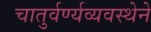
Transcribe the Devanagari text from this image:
चातुर्वर्ण्यव्यवस्थेने